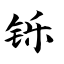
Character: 铄